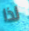
لذا